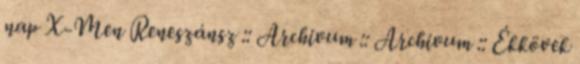
nap X-Men Reneszánsz :: Archivum :: Archivum :: Ékkövek